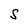
Character: S